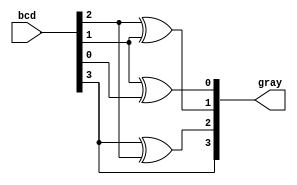
module bcdtograydat(bcd,gray);

	input [3:0]bcd;
	output [3:0]gray;

	assign gray[3]=bcd[3];

	assign gray[2]=bcd[3]^bcd[2];

	assign gray[1]=bcd[2]^bcd[1];

	assign gray[0]=bcd[1]^bcd[0];

endmodule

module tb_bcdtogray;

	reg [3:0]bcd;
	wire [3:0]gray;

	bcdtograydat bcdgraydat1(bcd,gray);

	initial
		begin
			$monitor(,$time," bcd=%4b, gray=%4b",bcd,gray);
			#0 bcd=4'b0000;
			#2 bcd=4'b0001;
			#2 bcd=4'b0010;
			#2 bcd=4'b0011;
			#2 bcd=4'b0100;
			#2 bcd=4'b0101;
			#2 bcd=4'b0110;
			#2 bcd=4'b0111;
			#2 bcd=4'b1000;
			#2 bcd=4'b1001;
			#2 bcd=4'b1010;
			#2 bcd=4'b1011;
			#2 bcd=4'b1100;
			#2 bcd=4'b1101;
			#2 bcd=4'b1110;
			#2 bcd=4'b1111;
			$finish;
		end

	initial 

	begin

      $dumpfile("bcdtogray.vcd");
      $dumpvars;

   	end

endmodule